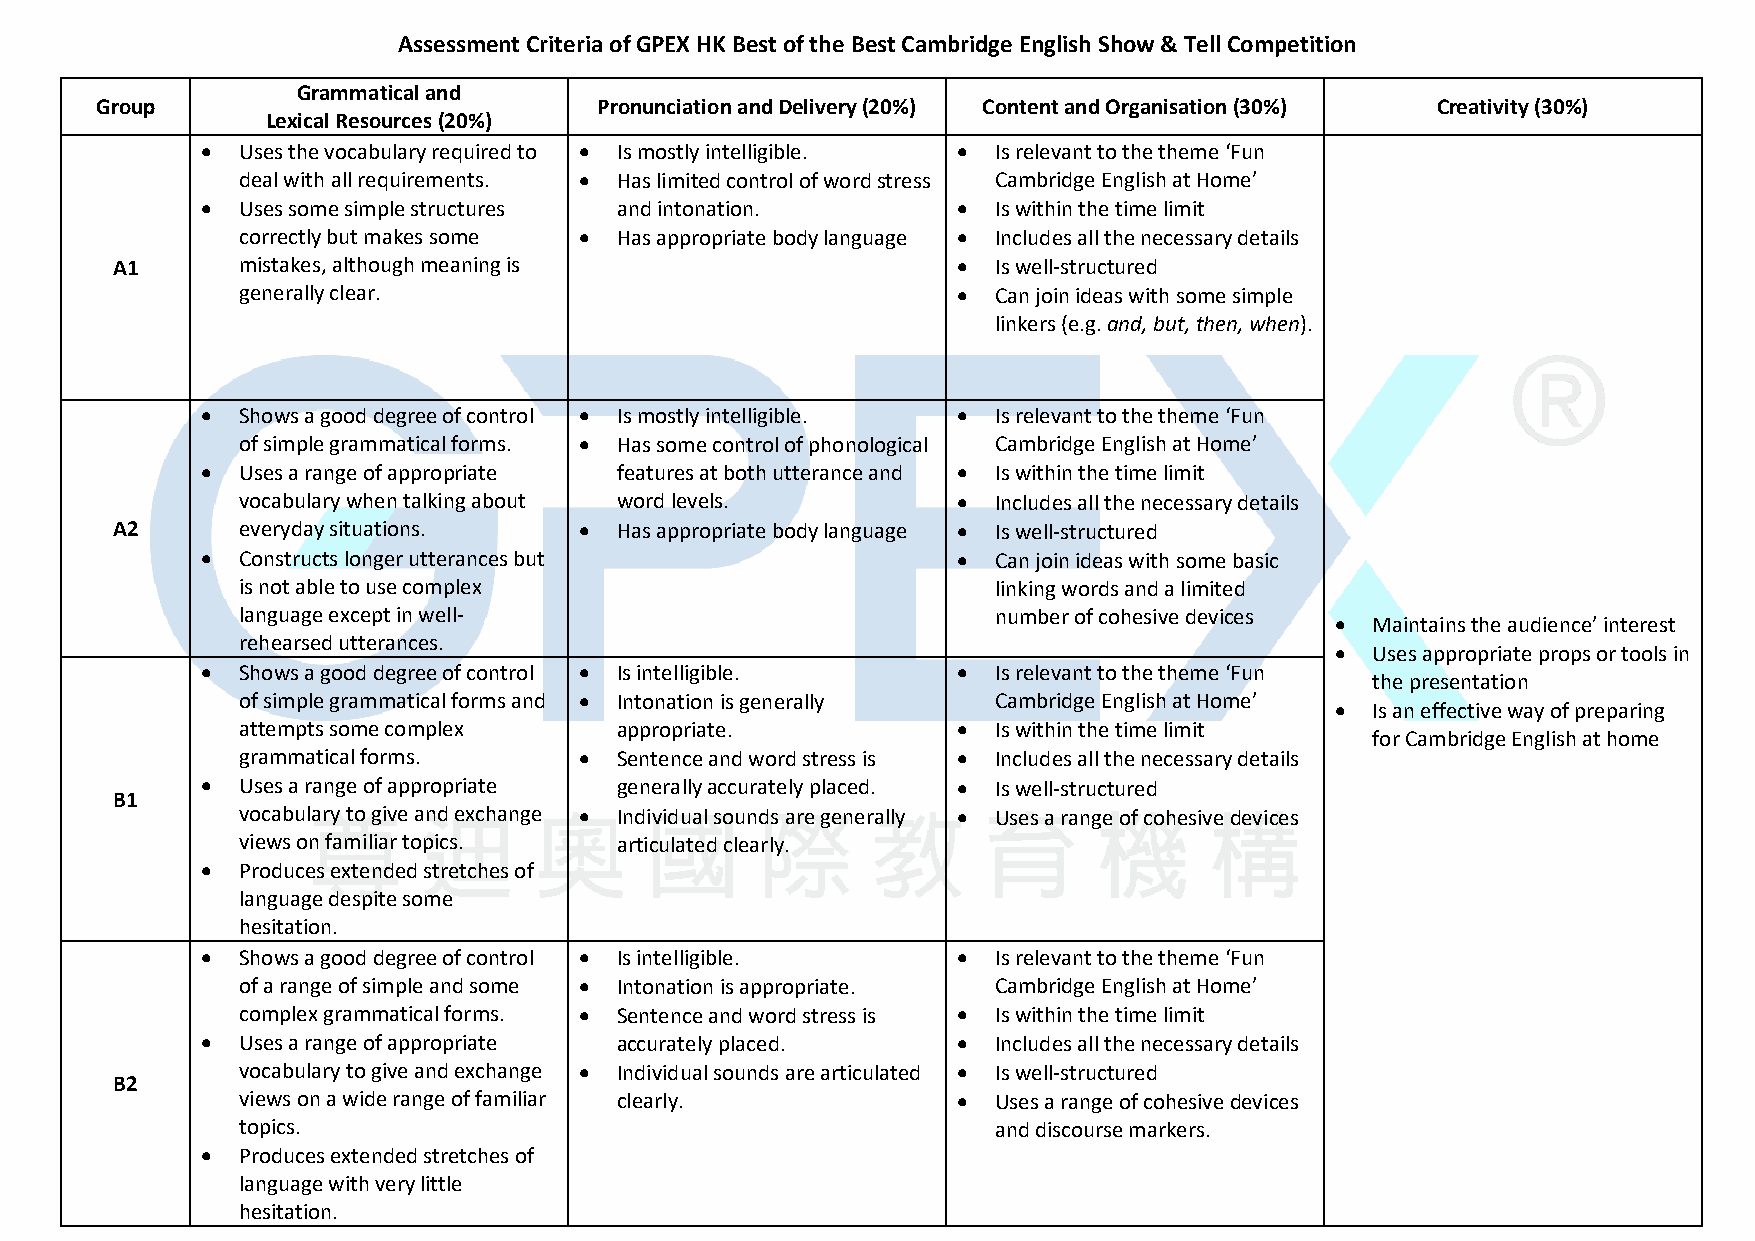
Assessment Criteria of GPEX HK Best of the Best Cambridge English Show & Tell Competition
 Grammatical and
 Group                             Pronunciation and Delivery (20%) Content and Organisation (30%) Creativity (30%)
 Lexical Resources (20%)
 •  Uses the vocabulary required to • Is mostly intelligible. • Is relevant to the theme ‘Fun
 deal with all requirements. • Has limited control of word stress Cambridge English at Home’
 •  Uses some simple structures and intonation.    •  Is within the time limit
 correctly but makes some • Has appropriate body language • Includes all the necessary details
 A1       mistakes, although meaning is                  •  Is well-structured
 generally clear.                               •  Can join ideas with some simple
 linkers (e.g. and, but, then, when).
 •  Shows a good degree of control • Is mostly intelligible. • Is relevant to the theme ‘Fun
 of simple grammatical forms. • Has some control of phonological Cambridge English at Home’
 •  Uses a range of appropriate features at both utterance and • Is within the time limit
 vocabulary when talking about word levels.     •  Includes all the necessary details
 A2       everyday situations.  •  Has appropriate body language • Is well-structured
 •  Constructs longer utterances but               •  Can join ideas with some basic
 is not able to use complex                        linking words and a limited
 language except in well-                          number of cohesive devices
 •  Maintains the audience’ interest
 rehearsed utterances.
 •  Uses appropriate props or tools in
 •  Shows a good degree of control • Is intelligible. • Is relevant to the theme ‘Fun
 the presentation
 of simple grammatical forms and • Intonation is generally Cambridge English at Home’
 •  Is an effective way of preparing
 attempts some complex    appropriate.          •  Is within the time limit
 for Cambridge English at home
 grammatical forms.    •  Sentence and word stress is • Includes all the necessary details
 •  Uses a range of appropriate generally accurately placed. • Is well-structured
 B1
 vocabulary to give and exchange • Individual sounds are generally • Uses a range of cohesive devices
 views on familiar topics. articulated clearly.
 •  Produces extended stretches of
 language despite some
 hesitation.
 •  Shows a good degree of control • Is intelligible. • Is relevant to the theme ‘Fun
 of a range of simple and some • Intonation is appropriate. Cambridge English at Home’
 complex grammatical forms. • Sentence and word stress is • Is within the time limit
 •  Uses a range of appropriate accurately placed. •  Includes all the necessary details
 vocabulary to give and exchange • Individual sounds are articulated • Is well-structured
 B2
 views on a wide range of familiar clearly.     •  Uses a range of cohesive devices
 topics.                                           and discourse markers.
 •  Produces extended stretches of
 language with very little
 hesitation.